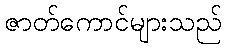
ဇာတ်ကောင်များသည်